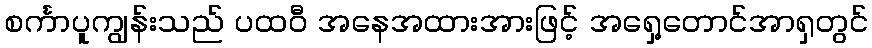
စင်္ကာပူကျွန်းသည် ပထဝီ အနေအထားအားဖြင့် အရှေ့တောင်အာရှတွင်